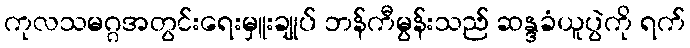
ကုလသမဂ္ဂအတွင်းရေးမှူးချုပ် ဘန်ကီမွန်းသည် ဆန္ဒခံယူပွဲကို ရက်